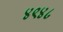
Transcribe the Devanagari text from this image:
४९४८